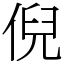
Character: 倪